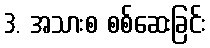
3. အသားစ စစ်ဆေးခြင်း